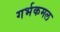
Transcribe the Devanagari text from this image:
गर्भकमल